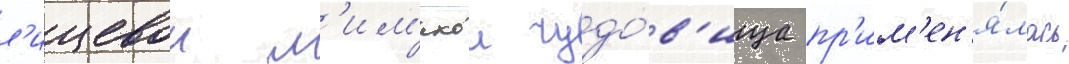
л'ицевои м'им'икои чудо́в'ища пр'им'ен'я́лась